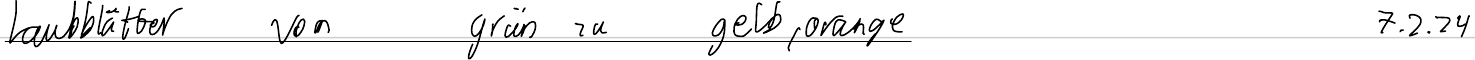
Laubblätter von grün zu gelb, orange    7.2.24